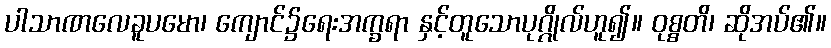
ပါသာဏလေခူပမော၊ ကျောင်၌ရေးအက္ခရာ နှင့်တူသောပုဂ္ဂိုလ်ဟူ၍။ ဝုစ္စတိ၊ ဆိုအပ်၏။